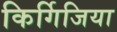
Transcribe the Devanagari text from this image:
किर्गिजिया